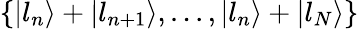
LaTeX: \left\{ \left\lvert l_{n}\right\rangle+\left\lvert l_{n+1}\right\rangle,...,\left\lvert l_{n}\right\rangle+\left\lvert l_{N}\right\rangle\right\}